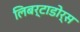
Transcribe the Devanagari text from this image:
लिबर्टाडोर्स